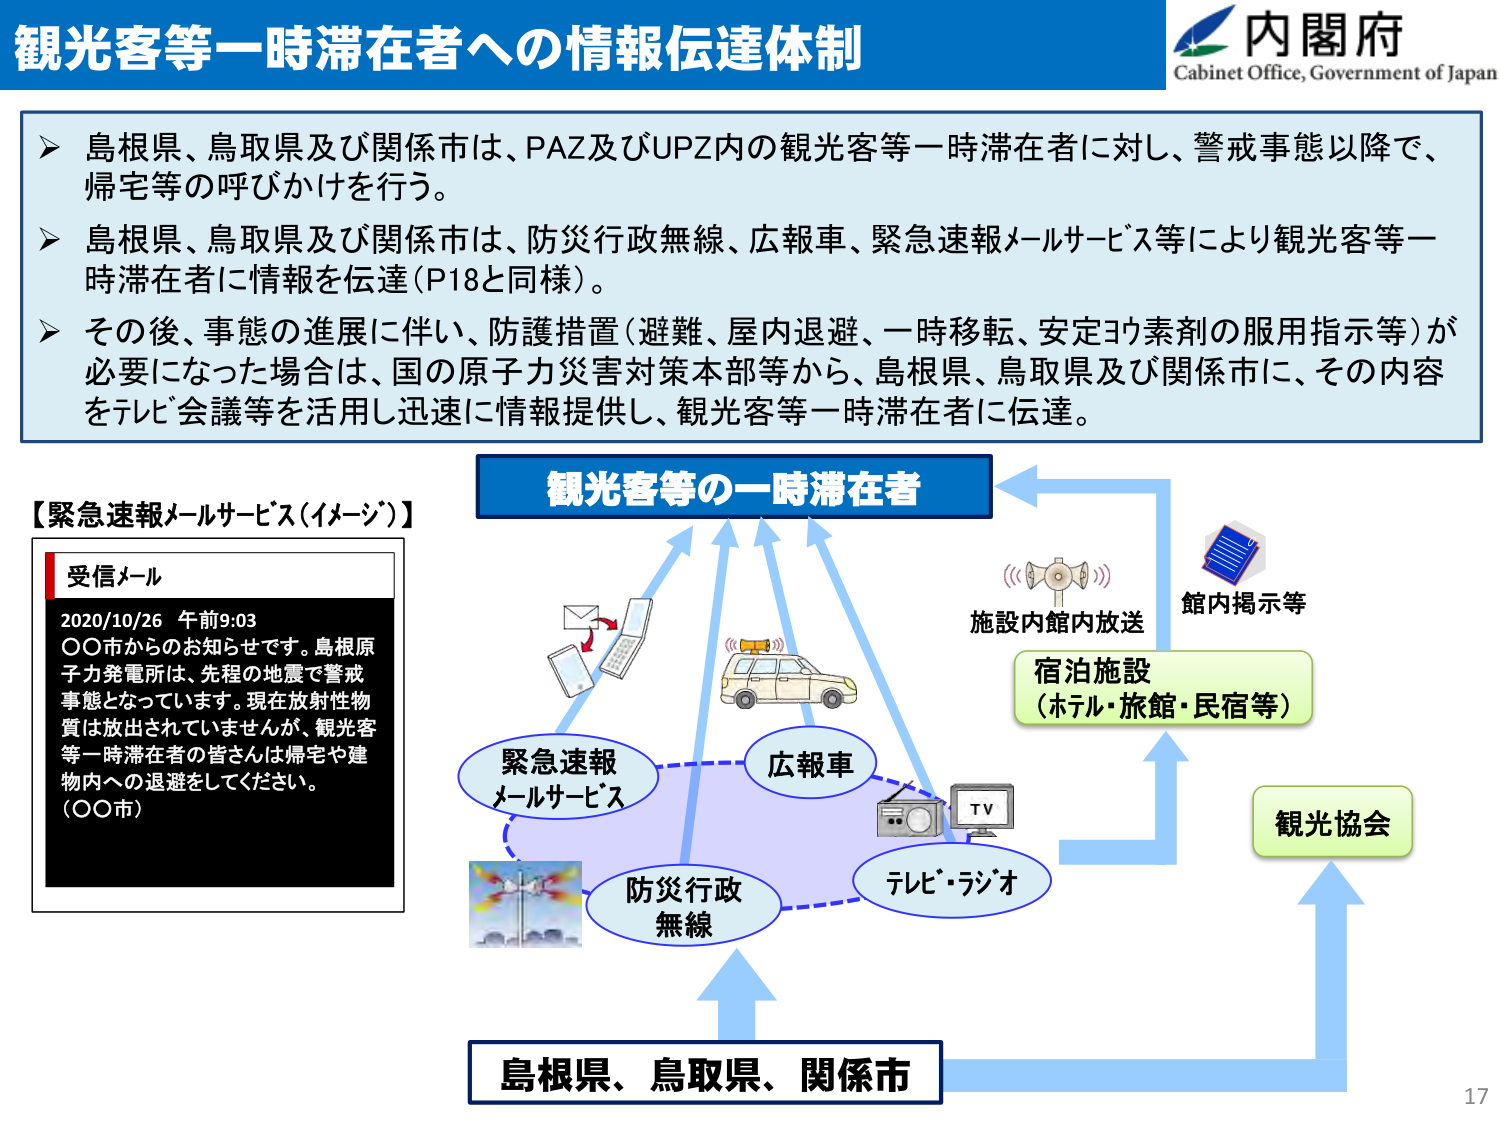
観光客等一時滞在者への情報伝達体制

内閣府
Cabinet Office, Government of Japan

➤ 島根県、鳥取県及び関係市は、PAZ及びUPZ内の観光客等一時滞在者に対し、警戒事態以降で、帰宅等の呼びかけを行う。
➤ 島根県、鳥取県及び関係市は、防災行政無線、広報車、緊急速報メールサービス等により観光客等一時滞在者に情報を伝達（P18と同様）。
➤ その後、事態の進展に伴い、防護措置（避難、屋内退避、一時移転、安定ヨウ素剤の服用指示等）が必要になった場合は、国の原子力災害対策本部等から、島根県、鳥取県及び関係市に、その内容をテレビ会議等を活用し迅速に情報提供し、観光客等一時滞在者に伝達。

【緊急速報メールサービス（イメージ）】
受信メール
2020/10/26 午前9:03
〇〇市からのお知らせです。島根原子力発電所は、先程の地震で警戒事態となっています。現在放射性物質は放出されていませんが、観光客等一時滞在者の皆さんは帰宅や建物内への退避をしてください。
（〇〇市）

観光客等の一時滞在者

緊急速報
メールサービス

広報車

防災行政
無線

テレビ・ラジオ

施設内館内放送

館内掲示等

宿泊施設
（ホテル・旅館・民宿等）

観光協会

島根県、鳥取県、関係市

17